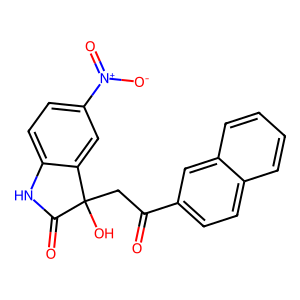
SMILES: O=C(CC1(O)C(=O)Nc2ccc([N+](=O)[O-])cc21)c1ccc2ccccc2c1
Inhibits HIV replication: No